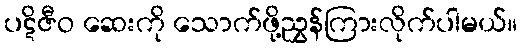
ပဋိဇီဝ ဆေးကို သောက်ဖို့ညွှန်ကြားလိုက်ပါမယ်။